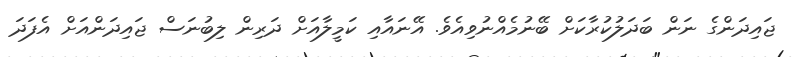
ޖައިދަންގެ ނަން ބަދަލުކުރާކަށް ބޭނުމެއްނުވިއެވެ. އޭނައާއި ކަމީލާއަށް ދަރިން ލިބުނަސް ޖައިދަންއަށް އެފަދަ